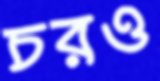
চরও